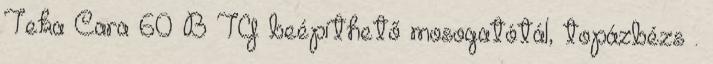
Teka Cara 60 B TG beépíthető mosogatótál, topázbézs .